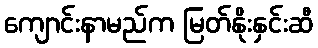
ကျောင်းနာမည်က မြတ်နိုးနှင်းဆီ